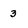
Character: 3